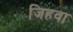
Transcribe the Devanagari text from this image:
जिहवा